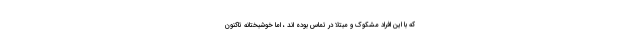
که با این افراد مشکوک و مبتلا در تماس بوده اند ، اما خوشبختانه تاکنون